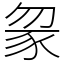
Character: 䝆